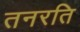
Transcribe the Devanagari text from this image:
तनरति